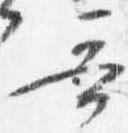
哥